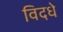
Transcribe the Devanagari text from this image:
विदधे